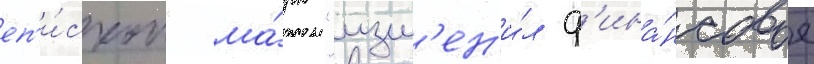
еп'и́скоп ма́рк "изм'ен'и́л ф'ина́нсовое